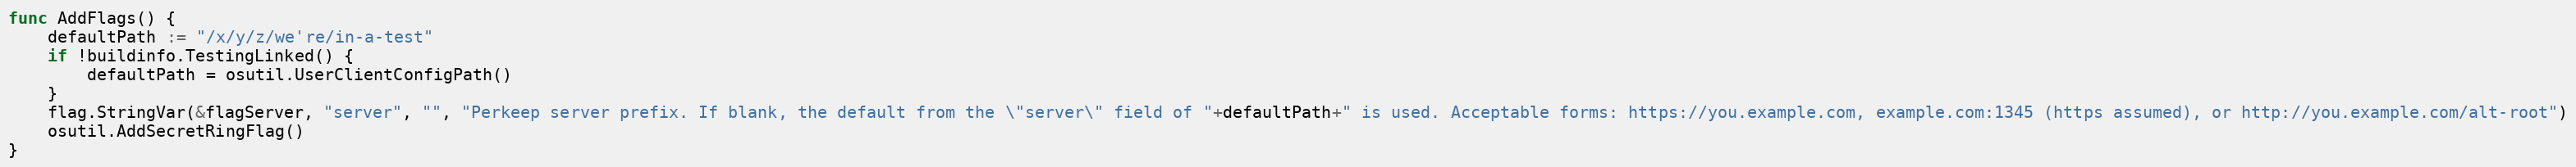
Language: Go
func AddFlags() {
	defaultPath := "/x/y/z/we're/in-a-test"
	if !buildinfo.TestingLinked() {
		defaultPath = osutil.UserClientConfigPath()
	}
	flag.StringVar(&flagServer, "server", "", "Perkeep server prefix. If blank, the default from the \"server\" field of "+defaultPath+" is used. Acceptable forms: https://you.example.com, example.com:1345 (https assumed), or http://you.example.com/alt-root")
	osutil.AddSecretRingFlag()
}